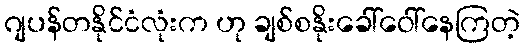
ဂျပန်တနိုင်ငံလုံးက ဟု ချစ်စနိုးခေါ်ဝေါ်နေကြတဲ့